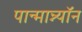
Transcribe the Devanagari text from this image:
पान्मान्न्यॉन